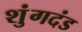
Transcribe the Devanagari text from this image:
शुंगदंड